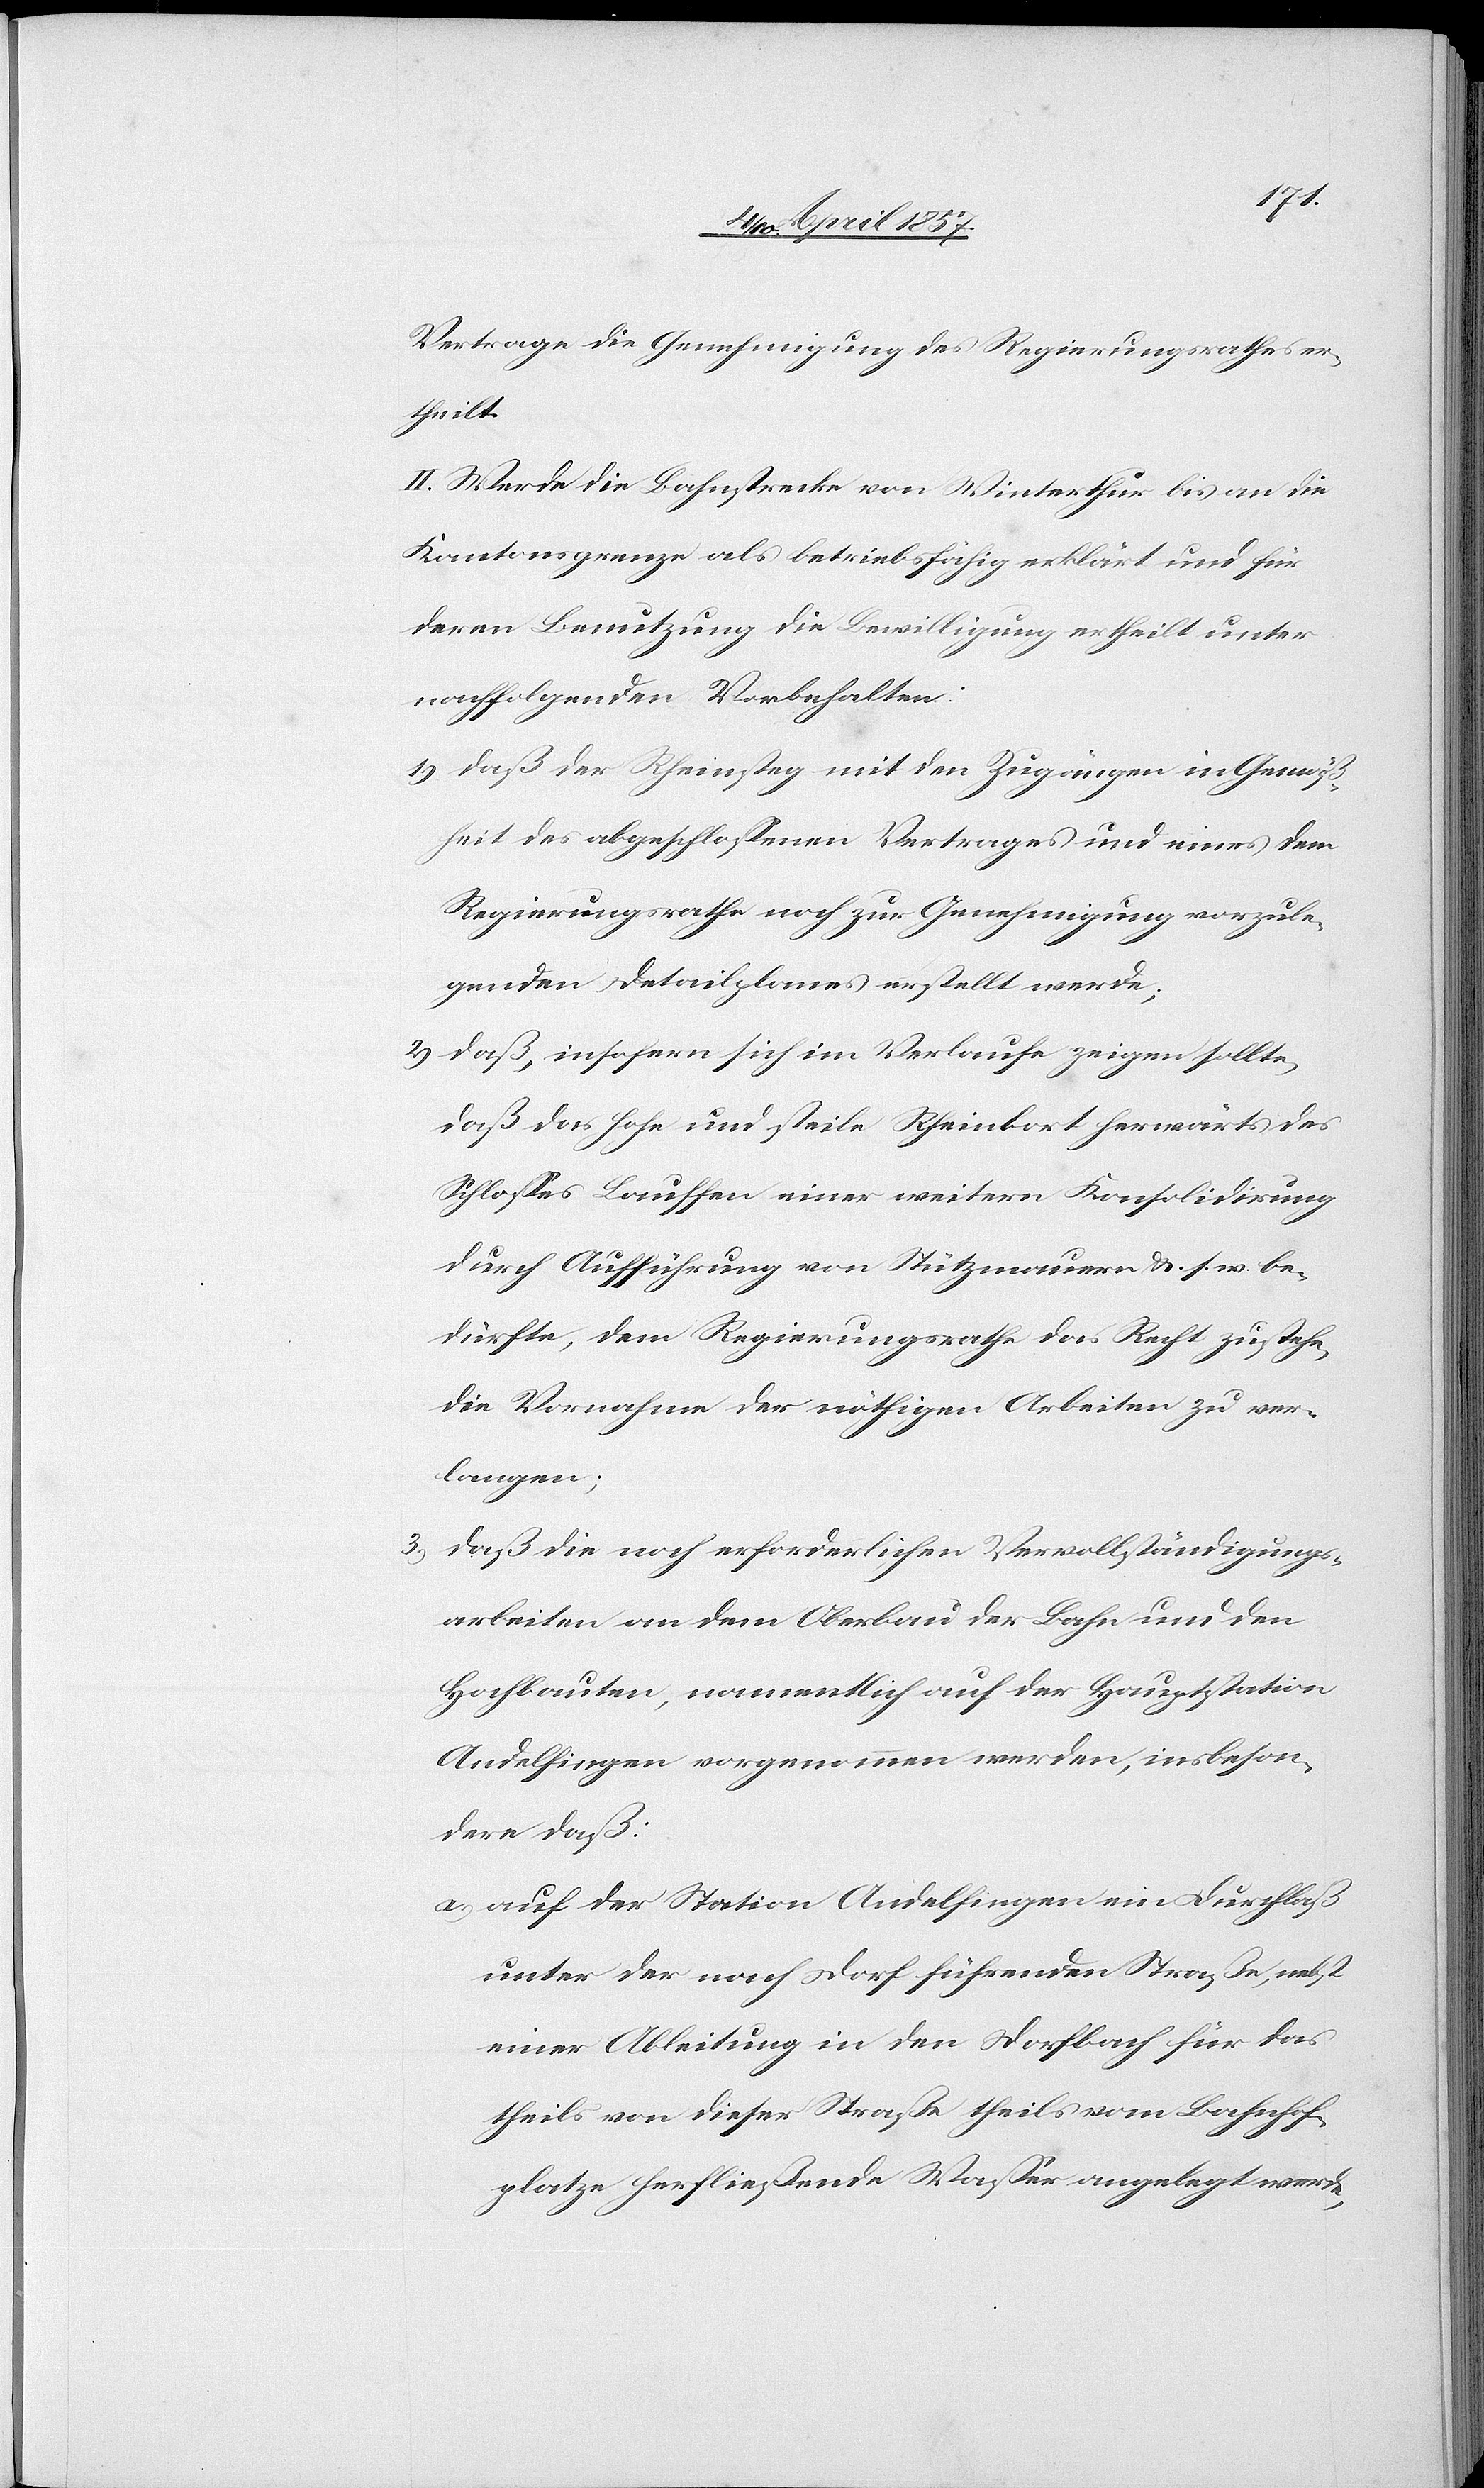
Vertrage die Genehmigung des Regierungsrathes er¬
theilt.
II. Werde die Bahnstrecke von Winterthur bis an die
Kantonsgrenze als betriebsfähig erklärt und für
deren Benutzung die Bewilligung ertheilt unter
nachfolgenden Vorbehalten:
1) daß der Rheinsteg mit den Zugängen in Gemäß¬
heit des abgeschlossenen Vertrages und eines dem
Regierungsrathe noch zur Genehmigung vorzule¬
genden Detailplanes erstellt werde;
2) daß, insofern sich im Verlaufe zeigen sollte,
daß das hohe und steile Rheinbort herwärts des
Schlosses Lauffen einer weitern Konsolidirung
durch Aufführung von Stützmauern &. s. w. be¬
dürfte, dem Regierungsrathe das Recht zustehe,
die Vornahme der nöthigen Arbeiten zu ver¬
langen;
3) daß die noch erforderlichen Vervollständigungs¬
arbeiten an dem Oberbau der Bahn und den
Hochbauten, namentlich auf der Hauptstation
Andelfingen vorgenommen werde, insbeson¬
dere daß:
a) auf der Station Andelfingen ein Durchlaß
unter der nach Dorf führenden Straße, nebst
einer Ableitung in den Dorfbach für das
theils von dieser Straße theils vom Bahnhof¬
platze herfließende Wasser angelegt werde,